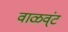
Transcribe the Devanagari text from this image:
वाळव्ंट